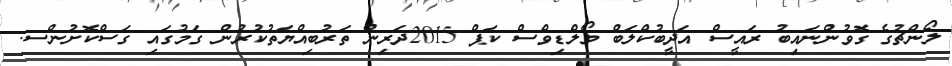
ލޯންޗުގެ ގޮވުންނައިބު ރައީސް އަދީބުކްލަބް މޯލްޑިވްސް ކަޕް 2015ދަރިން ތަރުބިއްޔަތުކުރުން ގަމުގައި ގަސްކޮށުންސ.